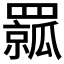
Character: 𦌦